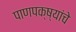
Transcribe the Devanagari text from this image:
पाणपक्ष्यांचे